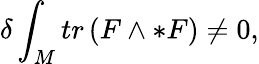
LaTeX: \delta\int_{M}tr\left(F\wedge*F\right)\neq 0,